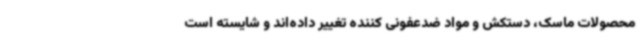
محصولات ماسک، دستکش و مواد ضدعفونی کننده تغییر داده‌اند و شایسته است